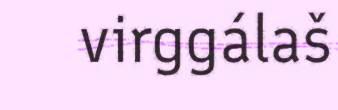
virggálaš